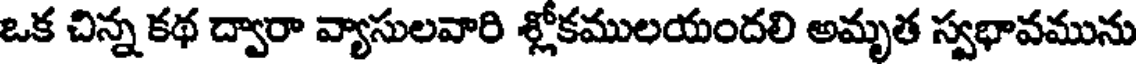
ఒక చిన్న కథ ద్వారా వ్యాసులవారి శ్లోకములయందలి అమృత స్వభావమును